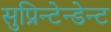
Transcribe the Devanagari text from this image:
सुप्रिन्टेन्डेन्ट